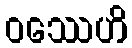
ဝဿေဟိ